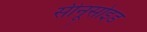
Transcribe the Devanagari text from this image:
सीनूसोइड